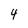
Character: 4